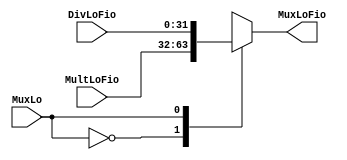
module MuxLo( input wire [31:0] MultLoFio, input wire [31:0] DivLoFio, input wire [0:0] MuxLo, output reg [31:0] MuxLoFio);

always begin
		case(MuxLo)
			1'b0: 
			begin
			MuxLoFio <= MultLoFio;
			end
						
			1'b1:
			begin
			MuxLoFio <= DivLoFio;
			end
			
		endcase
	end
 
	

endmodule